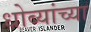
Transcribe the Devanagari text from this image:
धोब्यांच्या